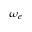
\omega _ { e }